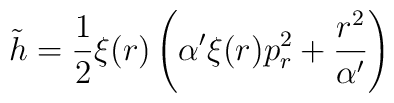
{\tilde h}=\frac{1}{2}\xi(r)\left(\alpha'\xi(r)p_r^2+\frac{r^2}{\alpha'}\right)